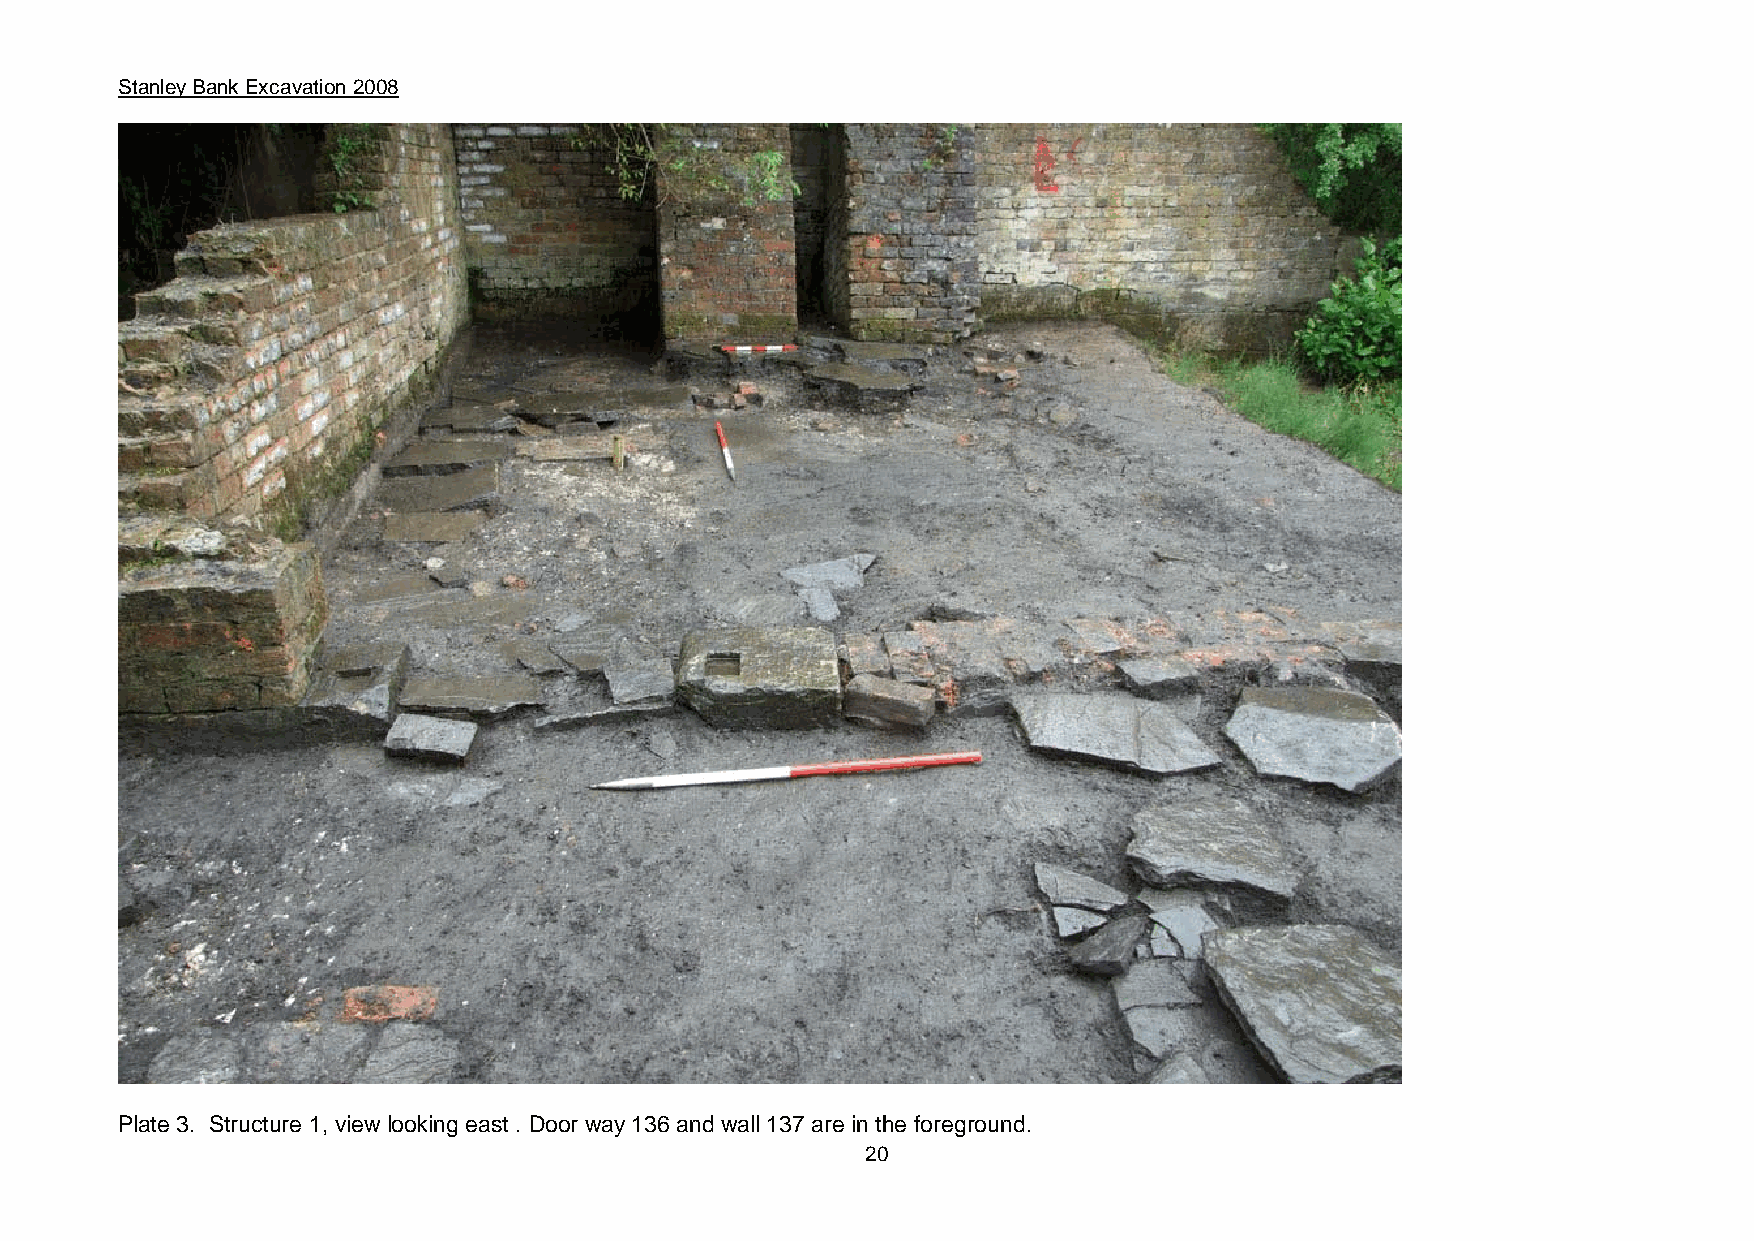
Stanley Bank Excavation 2008
 Plate 3. Structure 1, view looking east . Door way 136 and wall 137 are in the foreground.
 20